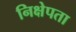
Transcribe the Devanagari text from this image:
निक्षेपता